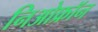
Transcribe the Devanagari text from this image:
निओफ्रॉन